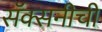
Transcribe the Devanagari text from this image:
सॅक्सनीची